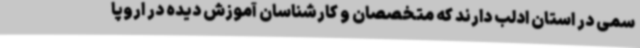
سمی در استان ادلب دارند که متخصصان و کارشناسان آموزش دیده در اروپا